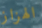
الهزاز